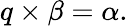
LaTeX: {q}\times{\beta}=\alpha.